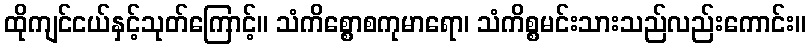
ထိုကျင်ငယ်နှင့်သုတ်ကြောင့်။ သံကိစ္စောစကုမာရော၊ သံကိစ္စမင်းသားသည်လည်းကောင်း။